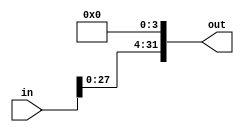

module shift_left4(out, in);
    input [31:0] in;
    output [31:0] out;
    
    assign out [31:4] = in [27:0];
    assign out[3:0] = 0;

endmodule